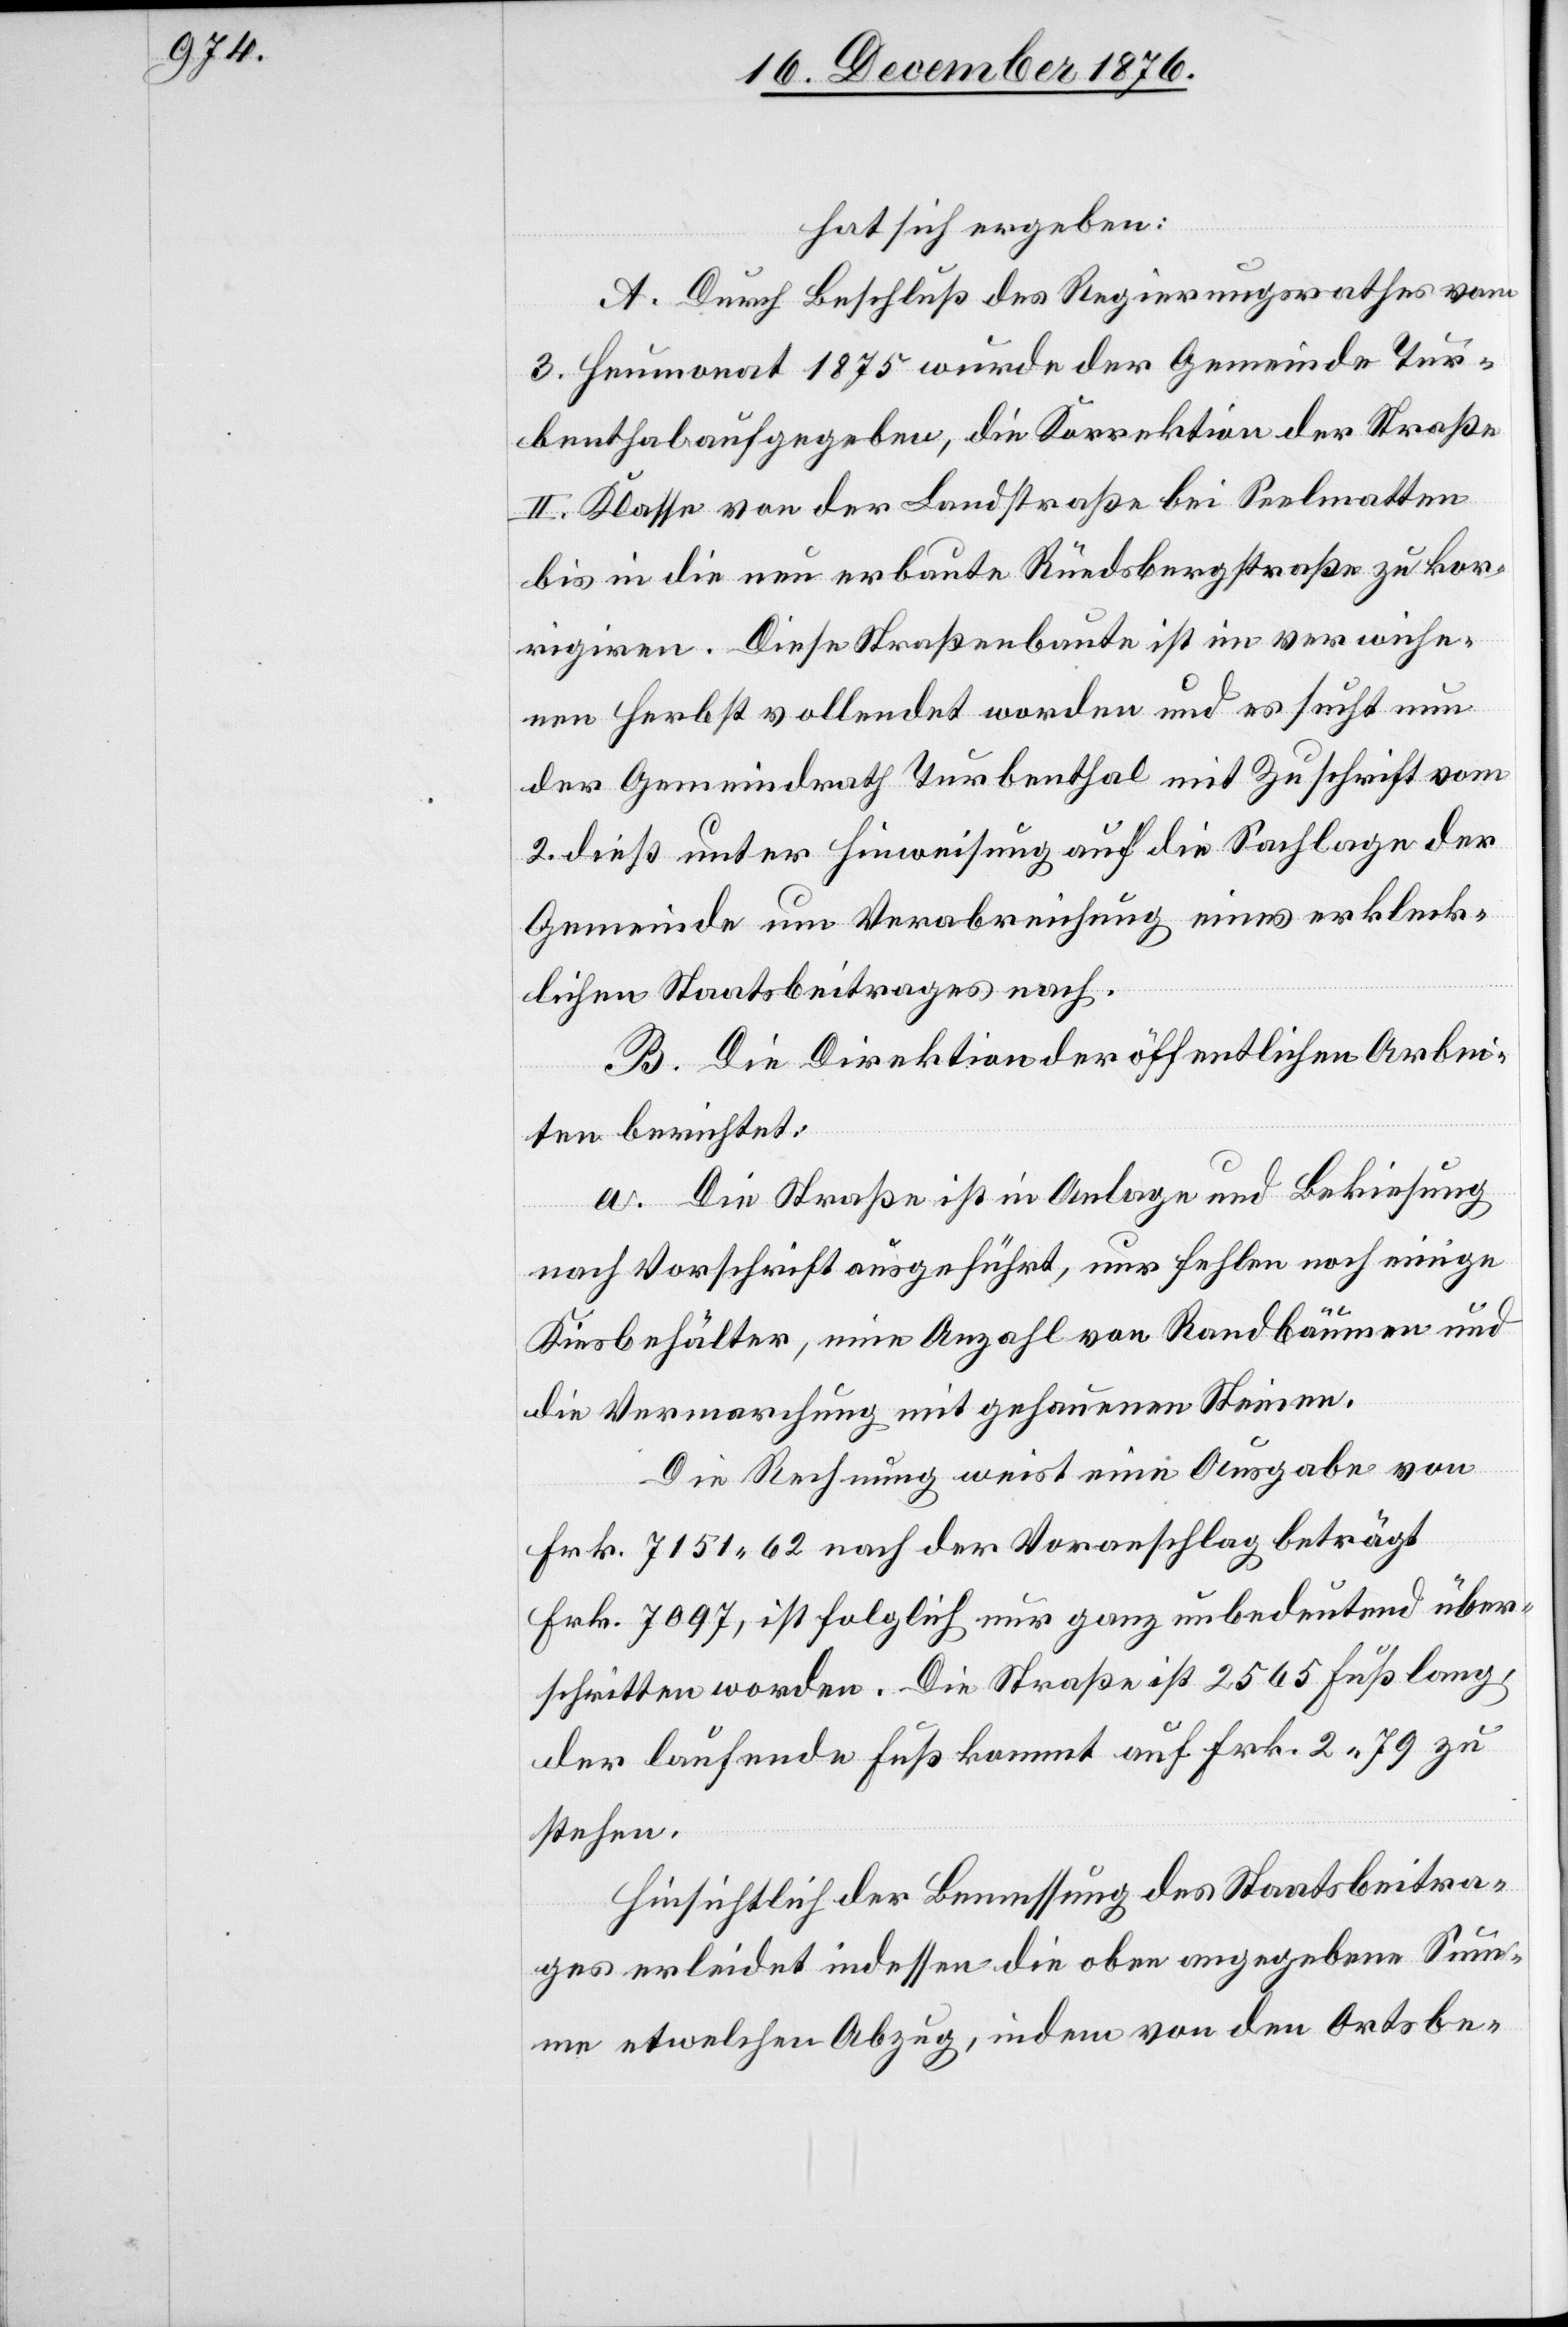
hat sich ergeben:
A. Durch Beschluß des Regierungsrathes vom
3. Heumonat 1875 wurde der Gemeinde Tur¬
benthal aufgegeben, die Korrektion der Straße
II. Klasse von der Landstraße bei Seelmatten
bis in die neu erbaute Rüedsbergstraße zu kor¬
rigiren. Diese Straßenbaute ist im verwiche¬
nen Herbst vollendet worden und es sucht nun
der Gemeindrath Turbenthal mit Zuschrift vom
2. dieß unter Hinweisung auf die Sachlage der
Gemeinde um Verabreichung eines erkleck¬
lichen Staatsbeitrages nach.
B. Die Direktion der öffentlichen Arbei¬
ten berichtet:
a. Die Straße ist in Anlage und Bekiesung
nach Vorschrift ausgeführt, nur fehlen noch einige
Kiesbehälter, eine Anzahl von Randbäumen und
die Vermarchung mit gehauenen Steinen.
Die Rechnung weist eine Ausgabe von
Frk. 7151 62 nach der Voranschlag beträgt
Frk. 7097, ist folglich nur ganz unbedeutend über¬
schritten worden. Die Straße ist 2565 Fuß lang,
der laufende Fuß kommt auf Frk. 2 79 zu
stehen.
Hinsichtlich der Bemessung des Staatsbeitra¬
ges erleidet indessen die oben angegebene Sum¬
me etwelchen Abzug, indem von den Ortsbe-